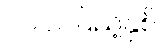
၂၀၁၀ပြည့်နှစ်